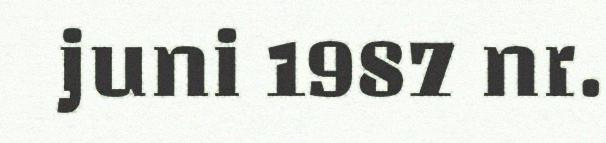
juni 1987 nr.